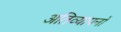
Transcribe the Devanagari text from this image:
अतिव्यापनों